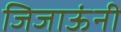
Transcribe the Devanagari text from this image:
जिजाऊंनी